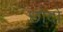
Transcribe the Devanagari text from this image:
छोदों